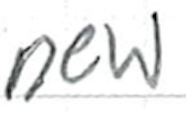
Text: new
Cross-out: clean
Writing tool: ballpoint